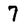
Character: 7